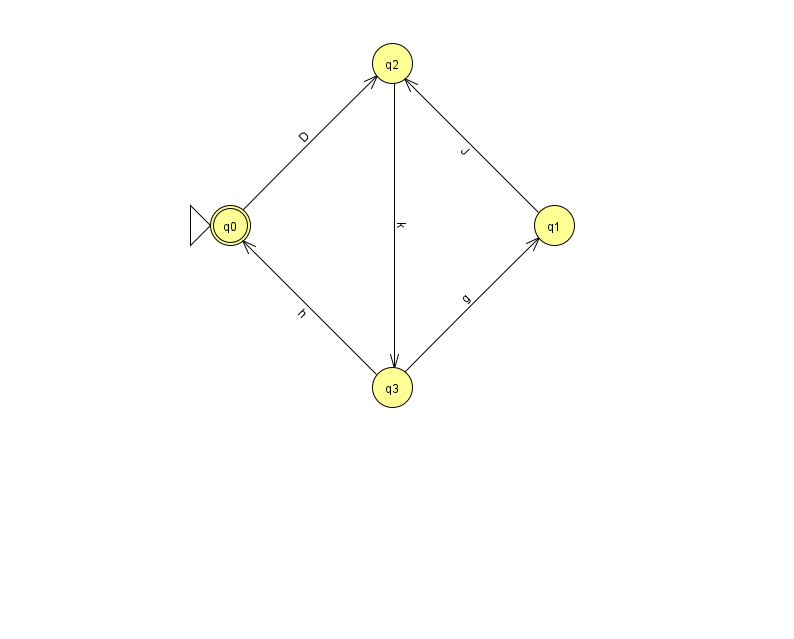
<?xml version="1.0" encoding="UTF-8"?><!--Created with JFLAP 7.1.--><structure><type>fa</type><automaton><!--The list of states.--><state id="0" name="q0"><x>230.0</x><y>212.0</y><initial/><final/></state><state id="1" name="q1"><x>554.0</x><y>212.0</y></state><state id="2" name="q2"><x>392.0</x><y>50.0</y></state><state id="3" name="q3"><x>392.0</x><y>374.0</y></state><!--The list of transitions.--><transition><from>2</from><to>3</to><read>k</read></transition><transition><from>1</from><to>2</to><read>J</read></transition><transition><from>3</from><to>0</to><read>h</read></transition><transition><from>0</from><to>2</to><read>D</read></transition><transition><from>3</from><to>1</to><read>g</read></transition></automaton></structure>